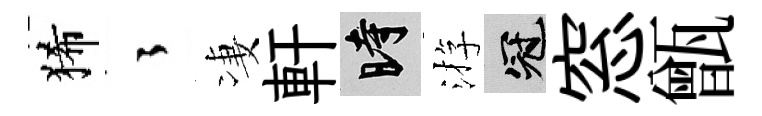
狶徃凄軒时㳺冠窓甑